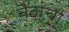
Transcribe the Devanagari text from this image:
नंदांचा